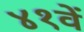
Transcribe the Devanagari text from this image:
४१वें